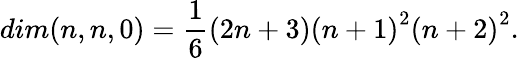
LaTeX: dim(n,n,0)=\frac{1}{6}\left(2n+3\right)\left(n+1\right)^{2}\left(n+2\right)^{2}.